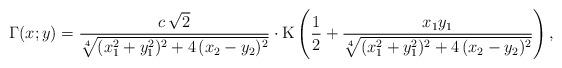
LaTeX: \begin{align*} \Gamma(x;y) = \frac{c\,\sqrt{2}}{\sqrt[4]{(x_1^2+y_1^2)^2+4\,(x_2-y_2)^2}}\cdot \mathrm{K}\left(\frac{1}{2}+ \frac{x_1y_1}{\sqrt[4]{(x_1^2+y_1^2)^2+4\,(x_2-y_2)^2}}\right), \end{align*}